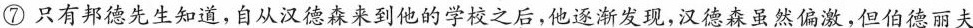
⑦只有邦德先生知道，自从汉德森来到他的学校之后，他逐渐发现，汉德森虽然偏激，但伯德丽夫